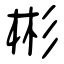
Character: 彬